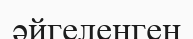
әйгеленген